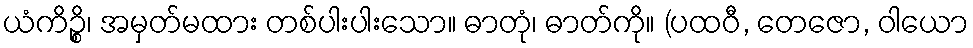
ယံကိဉ္စိ၊ အမှတ်မထား တစ်ပါးပါးသော။ ဓာတုံ၊ ဓာတ်ကို။ (ပထဝီ, တေဇော, ဝါယော